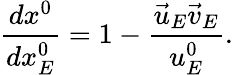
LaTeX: \frac{dx^{0}}{dx_{E}^{0}}=1-\frac{\vec{u}_{E}\vec{v}_{E}}{u_{E}^{0}}.